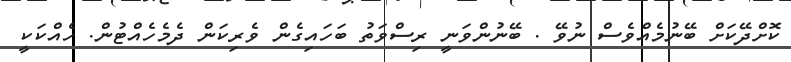
ކޮށްދޭކަށް ބޭނުމެއްވެސް ނުވޭ . ބޭނުންވަނީ ރިސްވަތު ބަހައިގެން ވެރިކަން ދެމެހެއްޓުން. ހެއްކަކީ